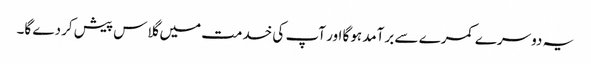
یہ دوسرے کمرے سے برآمد ہوگا اور آپ کی خدمت میں گلاس پیش کردے گا۔